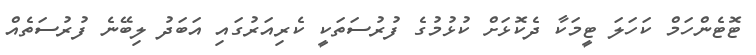
ޓޮޓެންހަމް ކަހަލަ ޓީމަކާ ދެކޮޅަށް ކުޅުމުގެ ފުރުސަތަކީ ކެރިއަރުގައި އަބަދު ލިބޭނެ ފުރުސަތެއް